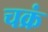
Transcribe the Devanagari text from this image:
चक्रं